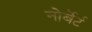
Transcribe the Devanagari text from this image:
नोर्बेर्ट